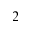
_ { 2 }